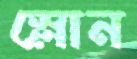
স্লোন